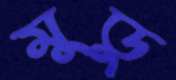
মুডু